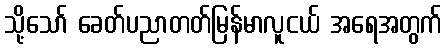
သို့သော် ခေတ်ပညာတတ်မြန်မာလူငယ် အရေအတွက်